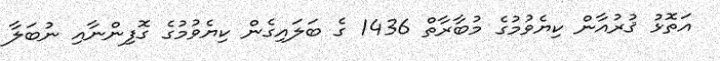
އަތޮޅު ޤުރުއާން ކިޔެވުމުގެ މުބާރާތް 1436 ގެ ބަލައިގެން ކިޔެވުމުގެ ގޮފިންނާއި ނުބަލާ